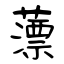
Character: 薸